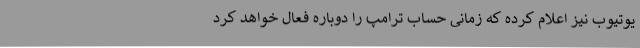
یوتیوب نیز اعلام کرده که زمانی حساب ترامپ را دوباره فعال خواهد کرد